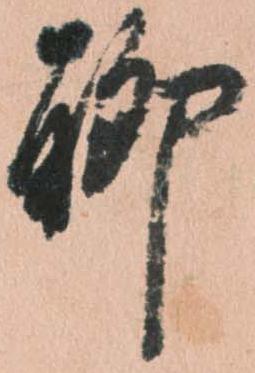
聊